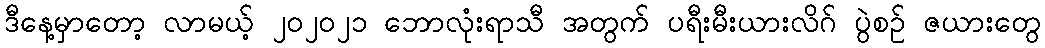
ဒီနေ့မှာတော့ လာမယ့် ၂၀၂၀၂၁ ဘောလုံးရာသီ အတွက် ပရီးမီးယားလိဂ် ပွဲစဉ် ဇယားတွေ